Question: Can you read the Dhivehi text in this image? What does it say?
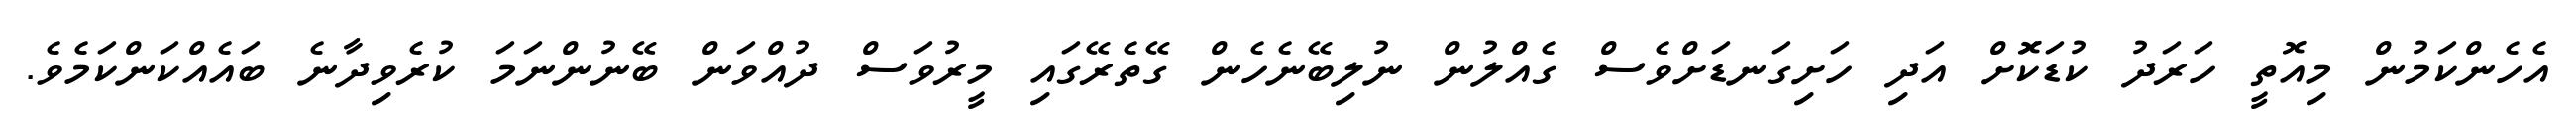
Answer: އެހެންކަމުން މިއޮތީ ހަރަދު ކުޑަކޮަށް އަދި ހަށިގަނޑަށްވެސް ގެއްލުން ނުލިބޭނެހެން ގޭތެރޭގައި މީރުވަސް ދުއްވަން ބޭނުންނަމަ ކުރެވިދާނެ ބައެއްކަންކަމެވެ.